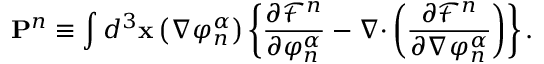
\mathbf { P } ^ { n } \equiv \int d ^ { 3 } \mathbf { x } \left( \nabla \varphi _ { n } ^ { \alpha } \right) \left\{ \frac { \partial \mathcal { F } ^ { n } } { \partial \varphi _ { n } ^ { \alpha } } - \nabla \mathbf { \cdot } \left( \frac { \partial \mathcal { F } ^ { n } } { \partial \nabla \varphi _ { n } ^ { \alpha } } \right) \right\} .